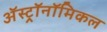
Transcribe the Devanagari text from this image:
अॅस्ट्रॉनॉमिकल